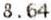
8.64